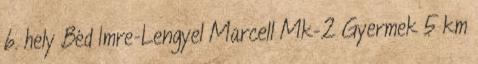
6. hely Béd Imre-Lengyel Marcell Mk-2 Gyermek 5 km